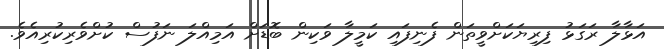
އަޅާލާ ރަގަޅު ފިރިޔަކަށްވީތަން ފެނިފައި ކަމީލާ ވަކިން ބޮޑަށް އަމިއްލަ ނަފުސް ކުށްވެރިކުރިއެވެ.